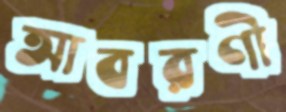
আবরণী